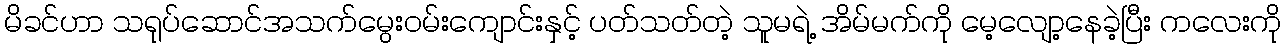
မိခင်ဟာ သရုပ်ဆောင်အသက်မွေးဝမ်းကျောင်းနှင့် ပတ်သတ်တဲ့ သူမရဲ့ အိမ်မက်ကို မေ့လျော့နေခဲ့ပြီး ကလေးကို